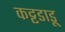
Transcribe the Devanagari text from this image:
कट्टडाडू